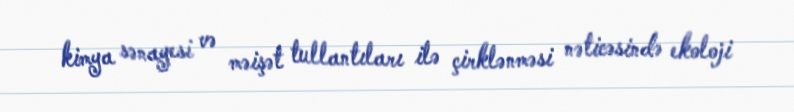
kimya sənayesi və məişət tullantıları ilə çirklənməsi nəticəsində ekoloji